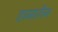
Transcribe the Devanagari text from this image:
हामारीन